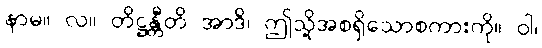
နာမ။ လ။ တိဋ္ဌန္တီတိ အာဒိ၊ ဤသို့အစရှိသောစကားကို။ ဝါ၊